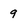
Character: 9